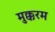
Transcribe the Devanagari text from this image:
मुक्करम